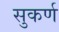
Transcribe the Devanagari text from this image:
सुकर्ण